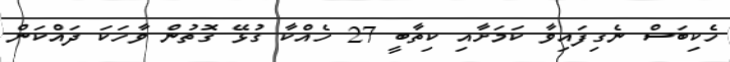
ހެކިބަސް ނެގިފައިވާ ކަމަށާއި ކިތާބީ 27 ހެއްކާ ގުޅޭ ގޮތުން ވާހަކަ ދައްކަން